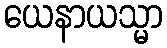
ယေနာယသ္မာ